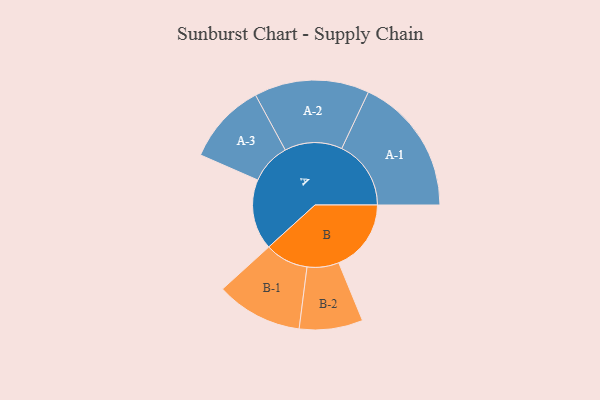
{"axis": {"x": "Segment", "y": "Value"}, "legend": ["", "A", "B"], "data": [{"x": "A", "y": 293, "type": ""}, {"x": "B", "y": 301, "type": ""}, {"x": "A-1", "y": 288, "type": "A"}, {"x": "A-2", "y": 239, "type": "A"}, {"x": "A-3", "y": 169, "type": "A"}, {"x": "B-1", "y": 180, "type": "B"}, {"x": "B-2", "y": 132, "type": "B"}]}